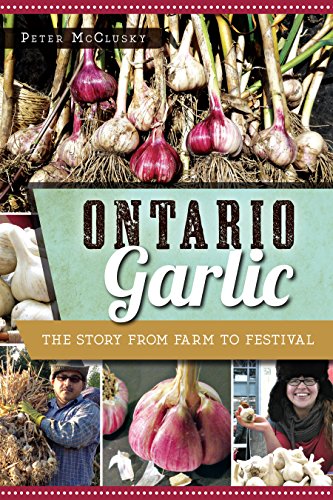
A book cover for Ontario Garlic; Peter McClusky; Cookbooks, Food & Wine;